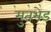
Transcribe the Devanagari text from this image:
मुतभेड